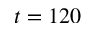
t = 1 2 0